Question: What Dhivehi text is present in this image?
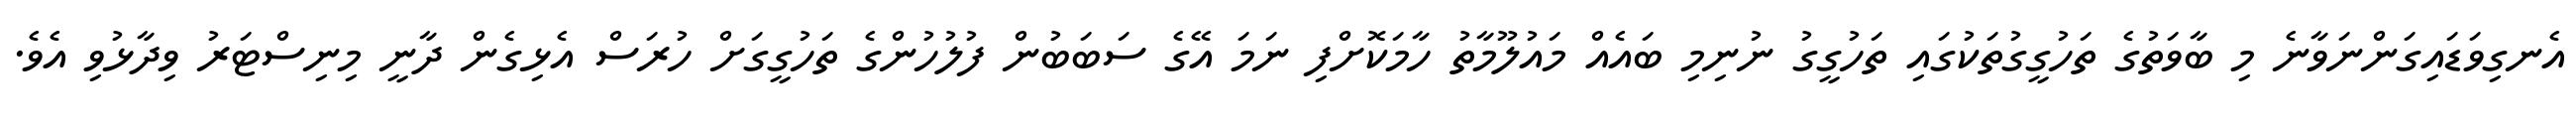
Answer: އެނގިވަޑައިގަންނަވާނެ މި ބާވަތުގެ ތަހުގީގުތަކުގައި ތަހުގީގު ނުނިމި ބައެއް މައުލޫމާތު ހާމަކޮށްފި ނަމަ އޭގެ ސަބަބުން ފުލުހުންގެ ތަހުގީގަށް ހުރަސް އެޅިގެން ދާނީ މިނިސްޓަރު ވިދާޅުވި އެވެ.